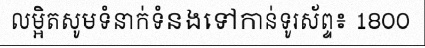
លម្អិតសូមទំនាក់ទំនងទៅកាន់ទូរស័ព្ទ៖ 1800